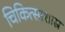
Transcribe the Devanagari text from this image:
चिकित्साशास्र